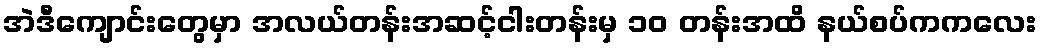
အဲဒီကျောင်းတွေမှာ အလယ်တန်းအဆင့်ငါးတန်းမှ ၁ဝ တန်းအထိ နယ်စပ်ကကလေး